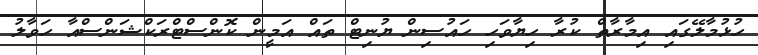
ހުޅުމާލޭގައި އިމާރާތް ކުރާ ހިޔާވަހި ހައުސިން ޔުނިޓް ތައް އަމީން ކޮންސްޓްރަކްޝަންސްއާ ހަވާލު